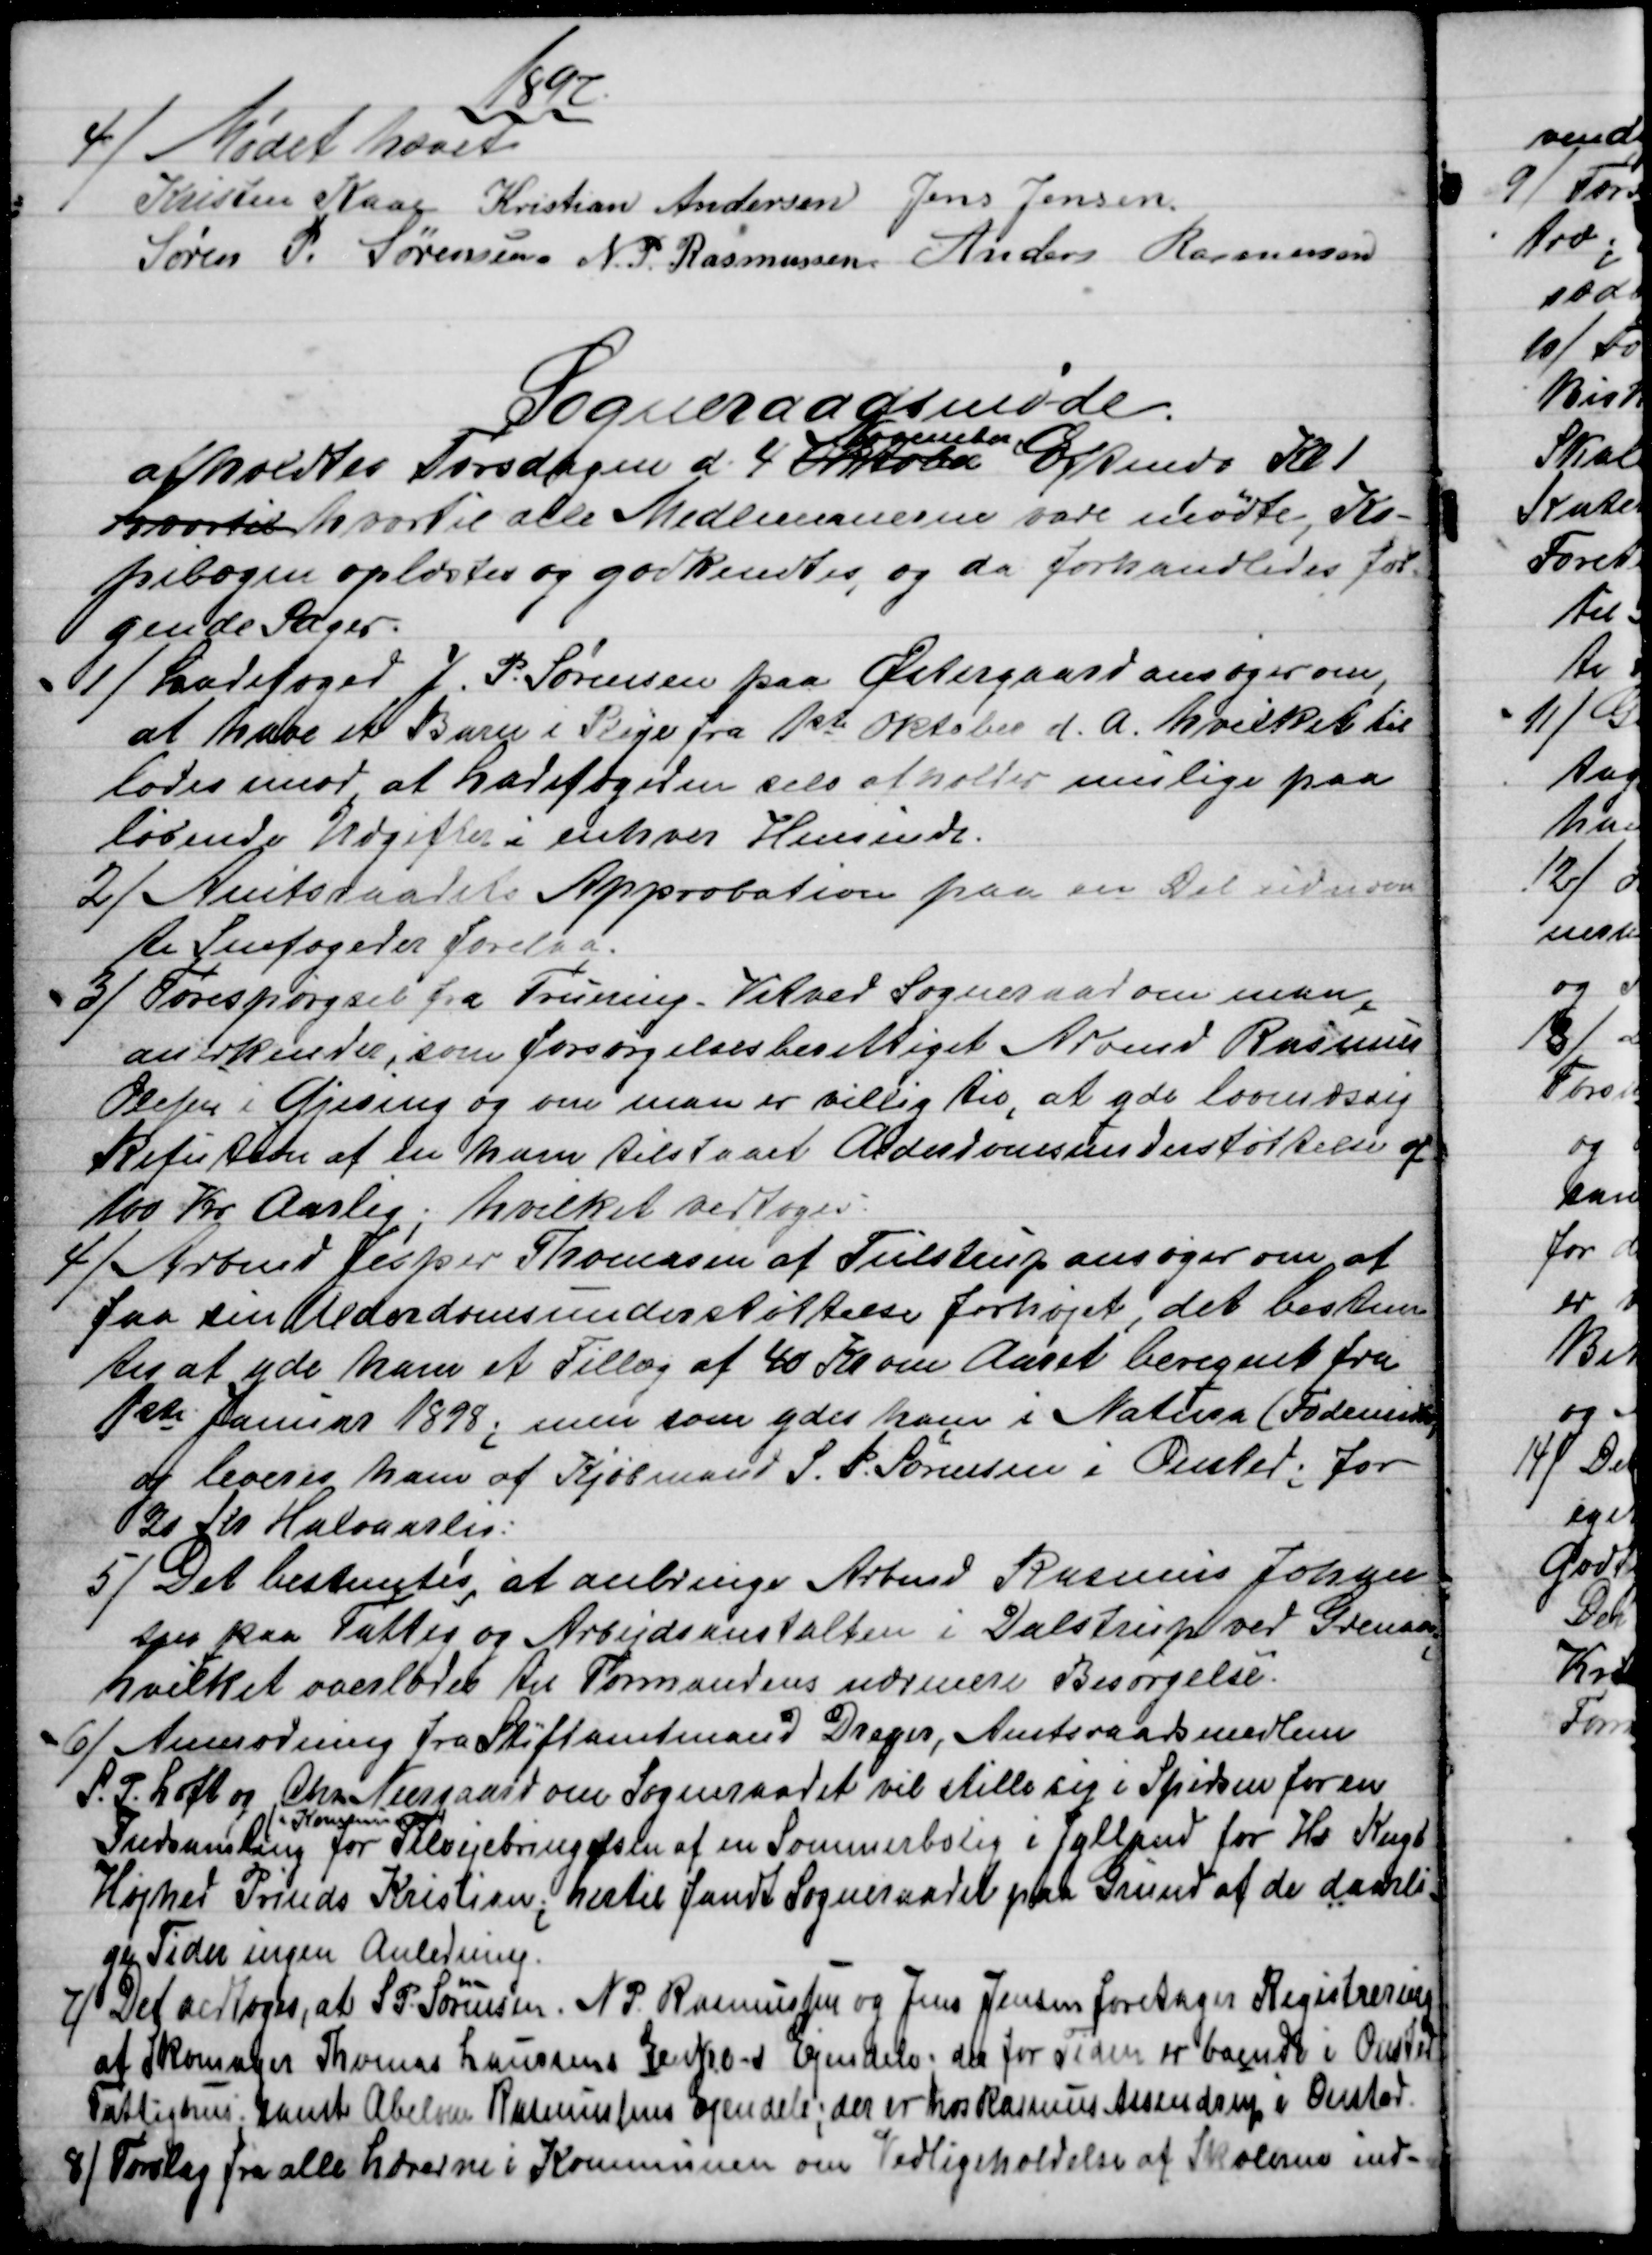
Transskription:
1897
4) 
Mødet hævet
Kristen Kaae Kristian Andersen Jens Jensen
Søren P. Sørensen. N. P. Rasmussen. Anders Rasmussen
Sogneraadsmøde.
afholdtes Torsdagen d. 4 Oktober
November
Eftmdg Kl 1
hvortil hvortil alle Medlemmerne vare mødte, Ko-
pibogen oplæstes og godkendtes, og da forhandledes føl-
gende Sager.
1)
Ladefoged J. P. Sørensen paa Østergaard ansøger om,
at have et Barn i Pleje fra 1ste Oktober d. A. hvilket til
lodes imod, at Ladefogeden selv afholder mulige paa
løbende Udgifter i enhver Hensinde.
2) 
Amtsraadets Approbation paa en Del udnævn
te Snefogeder forelaa.
3) 
Forespørgsel fra Fruering - Vitved Sogneraad om man,
anerkender, som forsørgelsesberettiget Arbmd Rasmus
Olesen i Gjesing og om man er villig til, at yde lovmæssig
Refution af en ham tilstaaet Alderdomsunderstøttelse af
100 Kr Aarlig; hvilket vedtoges.
4) 
Arbmd Jesper Thomasen af Tulstrup ansøger om at
faa sin Alderdomsunderstøttelse forhøjet, det bestem
tes at yde ham et Tillæg af 40 Kr om Aaret beregnet fra
1ste Januar 1898; men som ydes ham i Natura (Fødemidler)
og leveres ham af Kjøbmand S. P. Sørensen i Onsted; for
20 Kr. Halvaarlig:
5) 
Det bestemtes, at anbringe Arbmd Rasmus Johan
sen paa Fattig og Arbejdsanstalten i Dalstrup ved Grenaa
hvilket overlodes til Formandens nærmere Besørgelse.
6)
Anmodning fra Stiftamtmand Dreyer, Amtsraadsmedlem
S. P. Loft og Chr. Neergaard om Sogneraadet vil stille sig i Spidsen for en
Indsamling 
i Kommision
for Tilvejebringelsen af en Sommerbolig i Jylland for Hs Kngl
Højhed Prinds Kristian; hertil fandt Sogneraadet paa Grund af de daarli-
ge Tider ingen Anledning.
7) 
Det vedtoges, at S. P. Sørensen. N. P. Rasmussen og Jens Jensen foretager Registrering
af Skomager Thomas Laursens Enkes Ejendele, der for Tiden er boende i Onsted
Fattighus; samt Abelone Rasmussens Ejendele; der er hos Rasmus Assendrup i Onsted.
8) 
Forslag fra alle Lærerne i Kommunen om Vedligeholdelse af Skolerne ind-